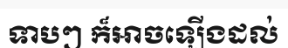
ទាបៗ ក៏អាចឡើងដល់